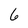
Character: 6